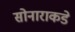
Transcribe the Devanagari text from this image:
सोनाराकडे